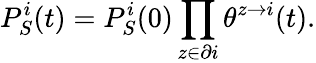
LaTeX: P_{S}^{i}(t)=P_{S}^{i}(0)\prod_{z\in\partial i}\theta^{z\rightarrow i}(t).